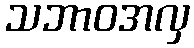
သဘာဝအလှ